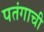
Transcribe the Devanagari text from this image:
पतंगाची